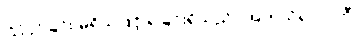
ငြိုငြင်ခြင်း မရှိသဖြင့် ရခြင်းရှိသည်။ အကသိရလာဘီ၊